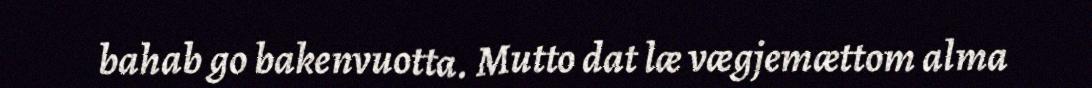
bahab go bakenvuotta. Mutto dat læ vægjemættom alma